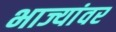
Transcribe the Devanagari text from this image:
भाज्यांवर